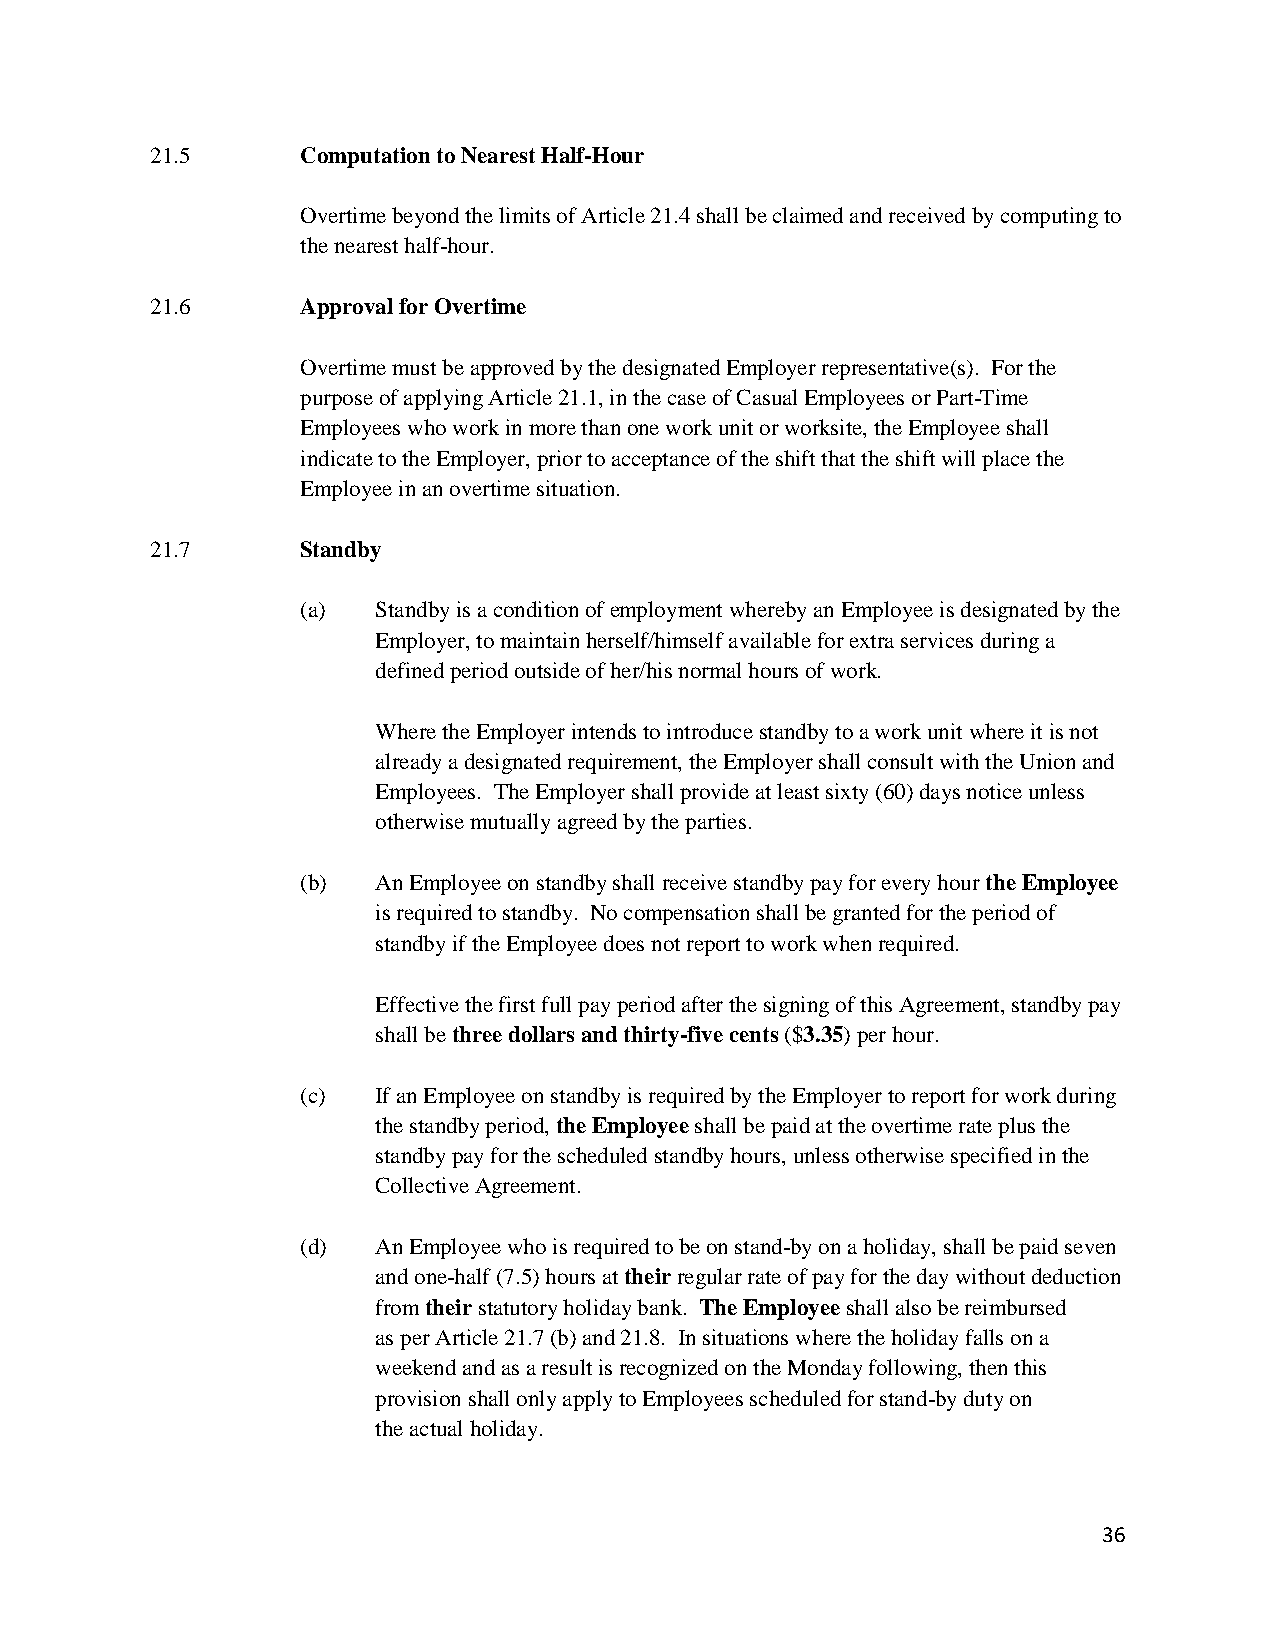
21.5      Computation to Nearest Half-Hour
 Overtime beyond the limits of Article 21.4 shall be claimed and received by computing to
 the nearest half-hour.
 21.6      Approval for Overtime
 Overtime must be approved by the designated Employer representative(s). For the
 purpose of applying Article 21.1, in the case of Casual Employees or Part-Time
 Employees who work in more than one work unit or worksite, the Employee shall
 indicate to the Employer, prior to acceptance of the shift that the shift will place the
 Employee in an overtime situation.
 21.7      Standby
 (a)  Standby is a condition of employment whereby an Employee is designated by the
 Employer, to maintain herself/himself available for extra services during a
 defined period outside of her/his normal hours of work.
 Where the Employer intends to introduce standby to a work unit where it is not
 already a designated requirement, the Employer shall consult with the Union and
 Employees. The Employer shall provide at least sixty (60) days notice unless
 otherwise mutually agreed by the parties.
 (b)  An Employee on standby shall receive standby pay for every hour the Employee
 is required to standby. No compensation shall be granted for the period of
 standby if the Employee does not report to work when required.
 Effective the first full pay period after the signing of this Agreement, standby pay
 shall be three dollars and thirty-five cents ($3.35) per hour.
 (c)  If an Employee on standby is required by the Employer to report for work during
 the standby period, the Employee shall be paid at the overtime rate plus the
 standby pay for the scheduled standby hours, unless otherwise specified in the
 Collective Agreement.
 (d)  An Employee who is required to be on stand-by on a holiday, shall be paid seven
 and one-half (7.5) hours at their regular rate of pay for the day without deduction
 from their statutory holiday bank. The Employee shall also be reimbursed
 as per Article 21.7 (b) and 21.8. In situations where the holiday falls on a
 weekend and as a result is recognized on the Monday following, then this
 provision shall only apply to Employees scheduled for stand-by duty on
 the actual holiday.
 36